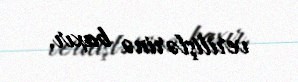
verilişlərinə baxır.